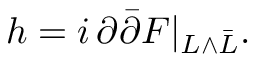
h = i \, \partial { \bar { \partial } } F | _ { L \wedge { \bar { L } } } .